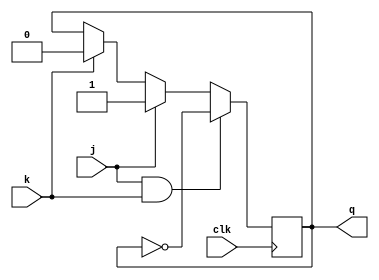
module t_flip_flop(
    input wire clk,
    input wire j,
    input wire k,
    output reg q
);

always @(posedge clk) begin
    if(j && k) begin
        q <= ~q;
    end else if(j) begin
        q <= 1;
    end else if(k) begin
        q <= 0;
    end
end

endmodule